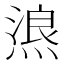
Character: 𱫸